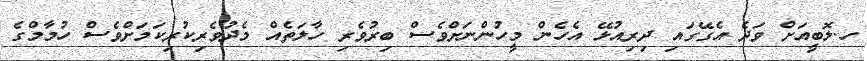
ހ.ލޮބީއަށް ވަދެ އެގޭގައި ދިރިއުޅޭ އެހެން މީހުންނަށްވެސް ބިރުވެރި ހާލަތެއް މެދުވެރިކުރިކަމަށްވެސް ހުމާމްގެ